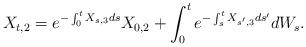
\begin{align*}X_{t,2} = e^{-\int_0^t X_{s,3}ds}X_{0,2} + \int_0^t e^{-\int_s^t X_{s',3}ds'}dW_s.\end{align*}